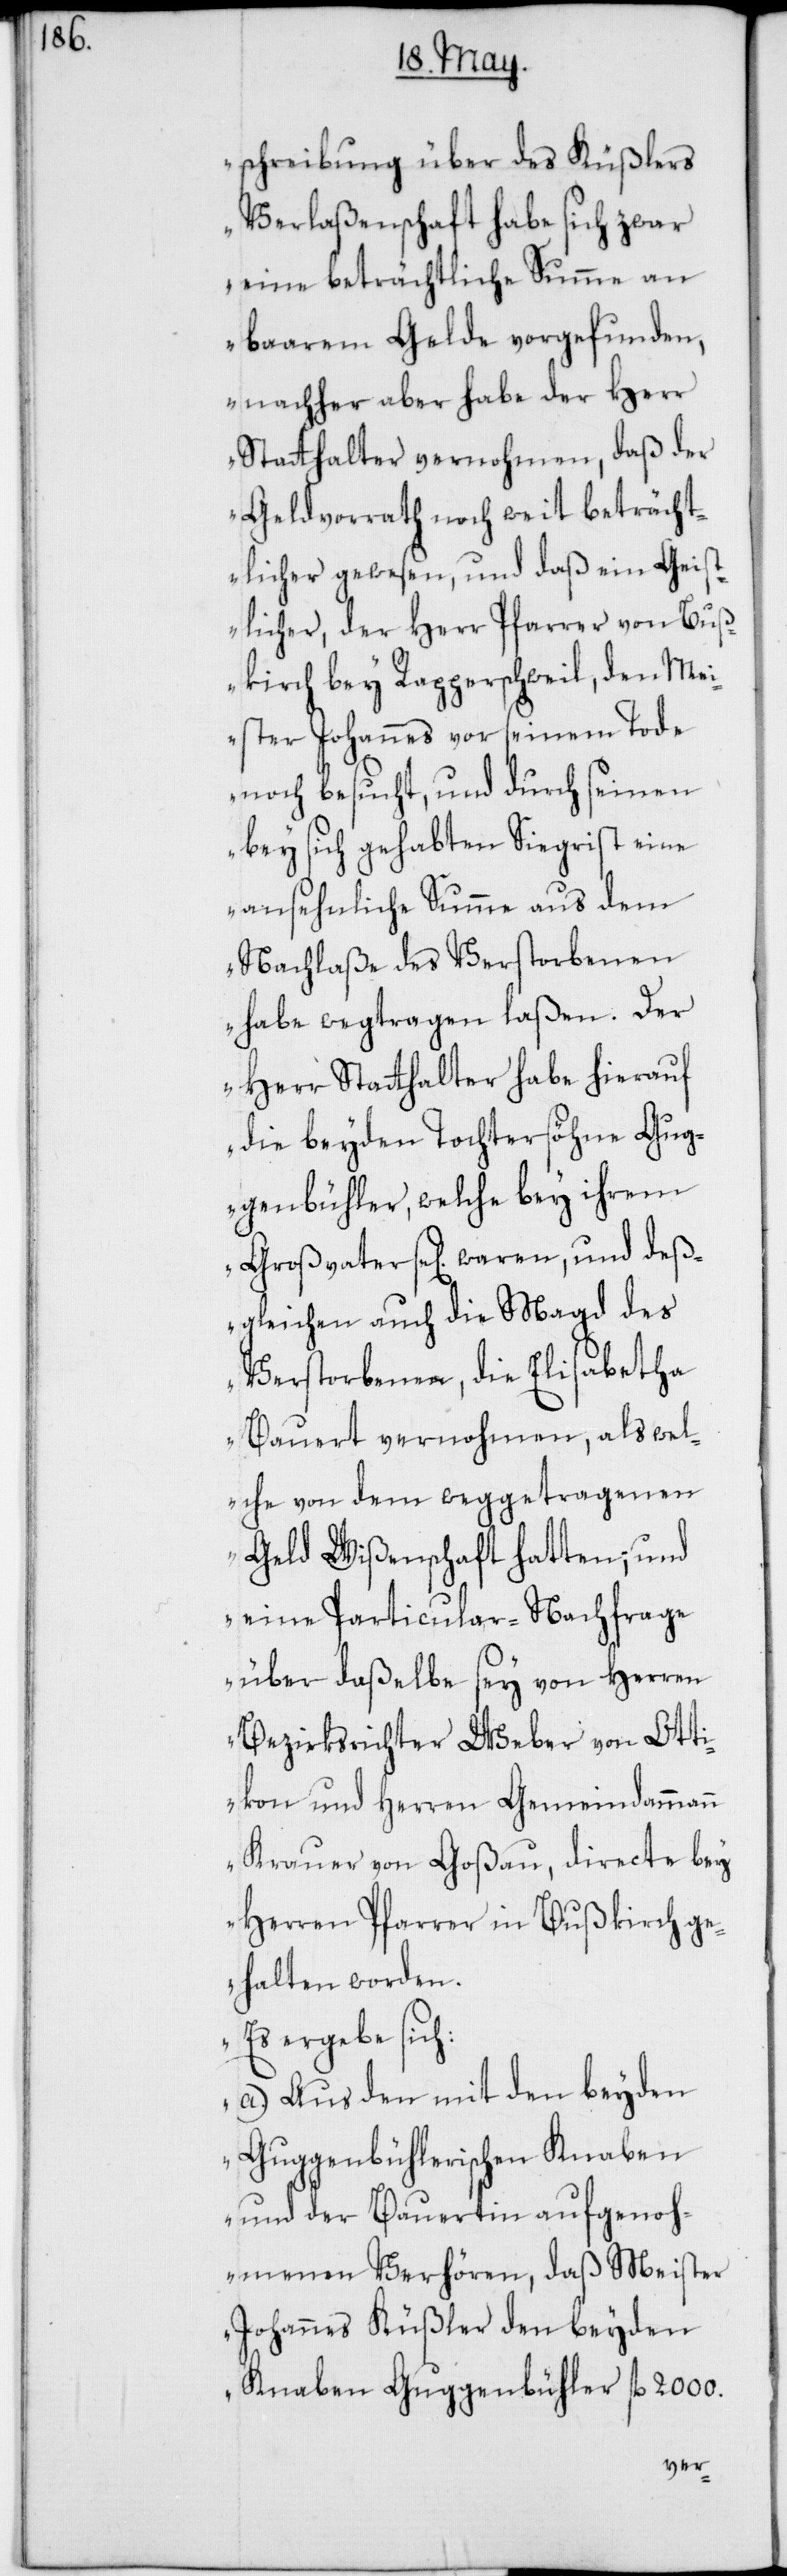
schreibung über des Küßlers
Verlaßenschaft habe sich zwar
eine beträchtliche Summe an
baarem Gelde vorgefunden,
nachher aber habe der Herr
Stathalter vernohmen, daß der
Geldvorrath noch weit beträcht¬
licher gewesen, und daß ein Geist¬
licher, der Herr Pfarrer von Buß¬
kirch bey Rapperschweil, den Mei¬
ster Johannes vor seinem Tode
noch besucht, und durch seinen
bey sich gehabten Siegrist eine
ansehnliche Summe aus dem
Nachlaße des Verstorbenen
habe wegtragen laßen. Der
Herr Stathalter habe hierauf
die beyden Tochtersöhne Gug¬
genbühler, welche bey ihrem
Großvater se[lig] waren, und des¬
gleichen auch die Magd des
Verstorbenen, die Elisabetha
Bauert vernohmen, als wel¬
che von dem weggetragenen
Geld Wißenschaft hatten; und
eine Particular-Nachfrage
über daßelbe sey von Herren
Bezirksrichter Weber von Otti¬
kon und Herren Gemeindammann
Krauer von Goßau, directe bey
Herren Pfarrer in Bußkirch ge¬
halten worden.
Es ergebe sich:
a.) Aus den mit den beyden
Guggenbühlerischen Knaben
und der Bauertin aufgenoh¬
menen Verhören, daß Meister
Johannes Küßler den beyden
Knaben Guggenbühler fl. 2000.